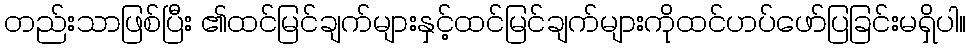
တည်းသာဖြစ်ပြီး ၏ထင်မြင်ချက်များနှင့်ထင်မြင်ချက်များကိုထင်ဟပ်ဖော်ပြခြင်းမရှိပါ။